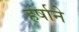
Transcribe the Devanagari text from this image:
हर्षाने